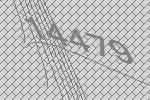
14479